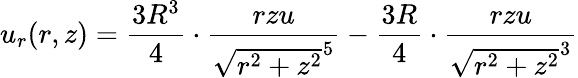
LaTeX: u_{r}(r,z)={\frac{3R^{3}}{4}}\cdot{\frac{rzu}{{\sqrt{r^{2}+z^{2}}}^{5}}}-{\frac{3R}{4}}\cdot{\frac{rzu}{{\sqrt{r^{2}+z^{2}}}^{3}}}